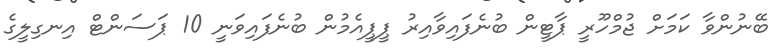
ބޭނުންވާ ކަމަށް ޖުމްހޫރީ ޕާޓީން ބުނެފައިވާއިރު ޕީޕީއެމުން ބުނެފައިވަނީ 10 ޕަސަންޓް އިނގިލީގެ